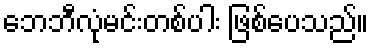
ဘေဘီလုံမင်းတစ်ပါး ဖြစ်ပေသည်။